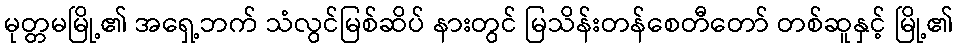
မုတ္တမမြို့၏ အရှေ့ဘက် သံလွင်မြစ်ဆိပ် နားတွင် မြသိန်းတန်စေတီတော် တစ်ဆူနှင့် မြို့၏